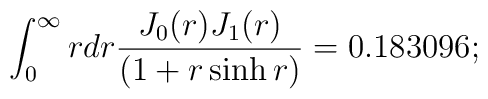
\int_{0}^{\infty}rdr \frac{J_{0}(r)J_1(r)} {\left(1+r\sinh r\right)}=0.183096;